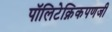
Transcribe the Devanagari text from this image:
पॉलिटेक्निकपणजी